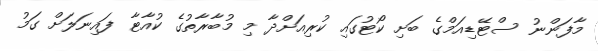
މާފަންނު ސްޓޭޑިއަމްގެ ބަށި ކޯޓުގައި ކުރިއަށްދާ މި މުބާރާތުގެ ކުއާޓާ ފައިނަލަށް ގަމު